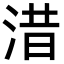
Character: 㳻